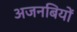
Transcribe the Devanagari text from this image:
अजनबियों